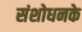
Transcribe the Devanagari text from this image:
संशोधनके